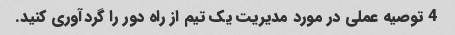
4 توصیه عملی در مورد مدیریت یک تیم از راه دور را گردآوری کنید.